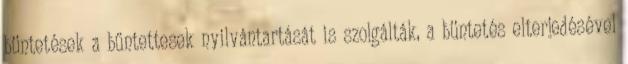
büntetések a bűntettesek nyilvántartását is szolgálták, a büntetés elterjedésével